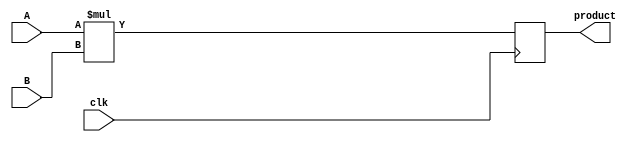
module mult8_1(
output	[7:0]	product,
input	[7:0]	A, B,
input			clk
);

reg [15:0] prod16;

assign product = prod16[7:0];

always @(posedge clk)
	prod16 <= A * B;
	
endmodule